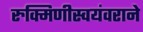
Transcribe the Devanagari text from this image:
रुक्मिणीस्वयंवराने